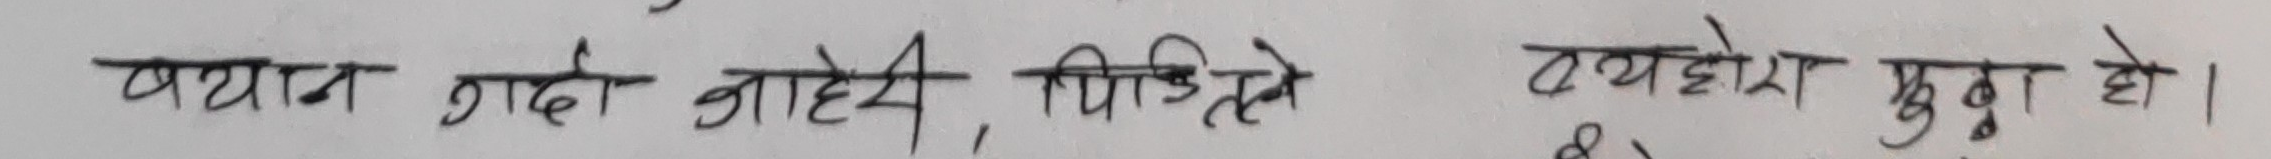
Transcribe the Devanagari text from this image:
पथा म दाढी आहेय, पिपिटे तयहोरा मुडा हो।